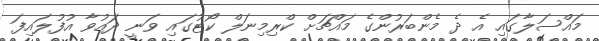
މައްސަލާގައި އެ ދެ މެންބަރުންގެ މައްޗަށް ކްރިމިނަލް ކޯޓުގައި ވަނީ ދައުވާ އުފުލައިފަ